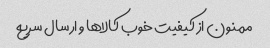
ممنون از کیفیت خوب کالاها و ارسال سریع